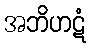
အဘိဟဋံ